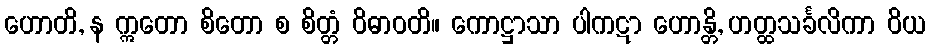
ဟောတိ, န ဣတော စိတော စ စိတ္တံ ဝိဓာဝတိ။ ကောဋ္ဌာသာ ပါကဋာ ဟောန္တိ, ဟတ္ထသင်္ခလိကာ ဝိယ